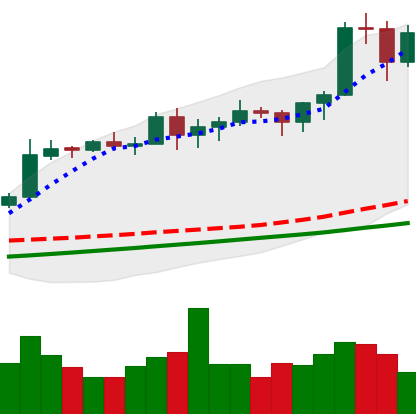
Ticker: BTC-USD
Chart end date: 2020-11-08
Forward return: 5.415%
Label: up_5_7